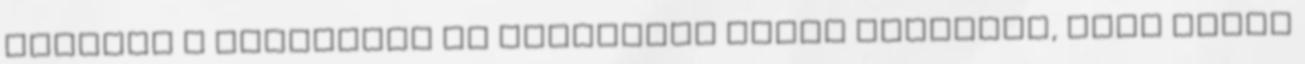
illetve a Gyúrmókat és állandóan arról álmodott, hogy ebből